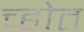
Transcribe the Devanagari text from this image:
च्होत